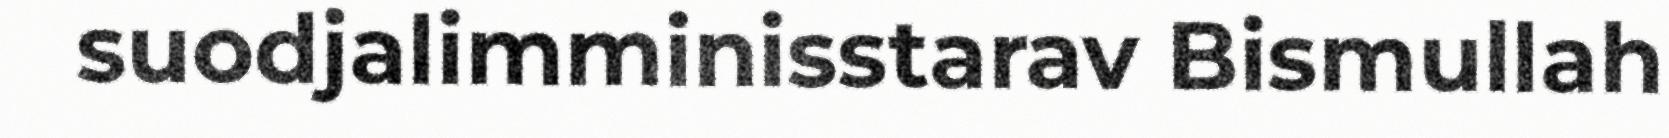
suodjalimminisstarav Bismullah